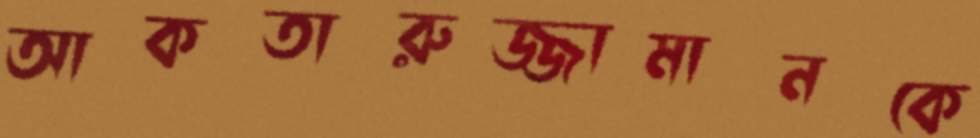
আকতারুজ্জামানকে